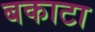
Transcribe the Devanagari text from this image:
बकाटा